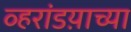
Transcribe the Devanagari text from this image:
व्हरांडय़ाच्या